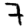
Digit: 7